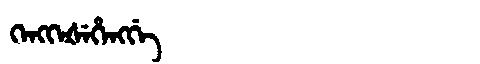
Manchu: ᡴᡝᠩᡴᡝᡧᡝᡥᡝᠩᡤᡝ
Romanization: KENGKEŠEHENGGE